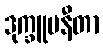
ဒုက္ခူပနီတာ